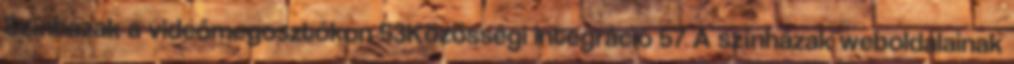
Színházak a videómegosztókon 53Közösségi integráció 57 A színházak weboldalainak